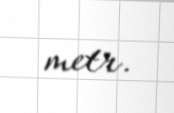
metr.